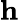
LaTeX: \mathbf{h}